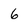
Character: 6